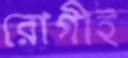
রোগীই